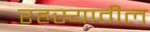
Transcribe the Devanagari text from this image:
रहस्यातील